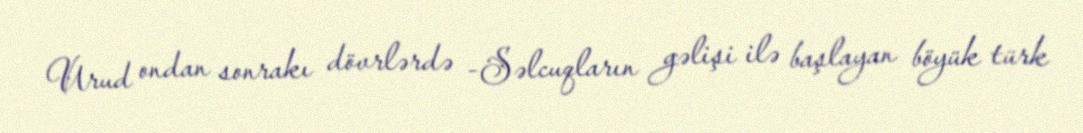
Urud ondan sonrakı dövrlərdə -Səlcuqların gəlişi ilə başlayan böyük türk